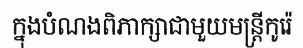
ក្នុងបំណងពិភាក្សាជាមួយមន្ត្រីកូរ៉េ